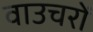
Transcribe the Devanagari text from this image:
वाउचरों